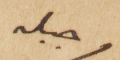
جبله